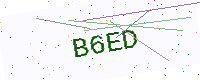
Text: B6ED